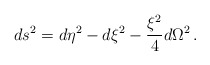
\begin{align*}ds^2=d\eta^2-d\xi^2-\frac{\xi^2}{4}d\Omega^2\,.\end{align*}